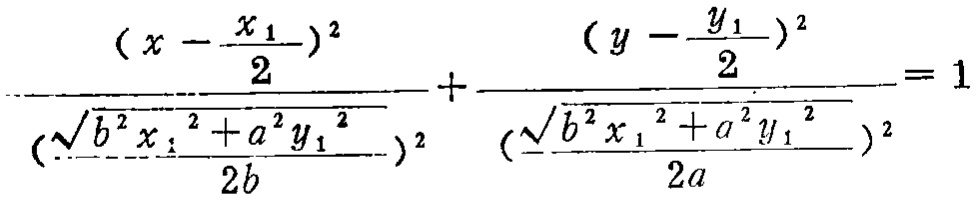
\frac{\left(x - \frac{x_{1}}{2}\right)^{2}}{\left(\frac{\sqrt{b^{2}x_{1}^{2}+a^{2}y_{1}^{2}}}{2b}\right)^{2}} + \frac{\left(y - \frac{y_{1}}{2}\right)^{2}}{\left(\frac{\sqrt{b^{2}x_{1}^{2}+a^{2}y_{1}^{2}}}{2a}\right)^{2}} = 1